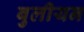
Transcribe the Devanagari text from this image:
बुलीयन